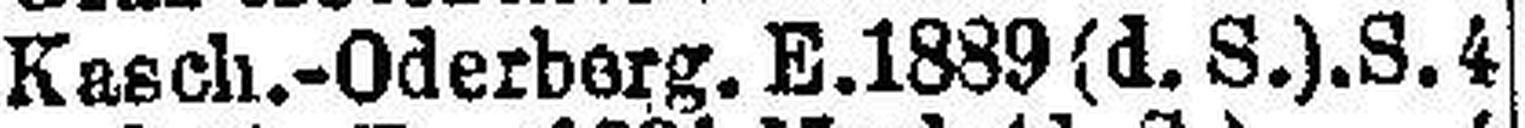
Kasch.-Oderberg. E. 1889 (d. S.). S. 4